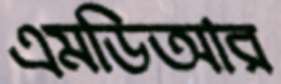
এমডিআর